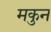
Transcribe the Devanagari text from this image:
मकुन